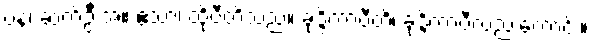
ပန၊ ဆက်ဦးအံ့။ ဧသာ၊ ထိုပီတိသည်။ ခုဒ္ဒိကာပီတိ၊ ခုဒ္ဒိကာပီလည်းကောင်း။